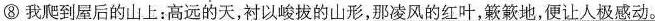
⑧我爬到屋后的山上：高远的天，衬以峻拔的山形，\underline{那凌风的红叶，簌簌地，便让人极感动。}